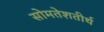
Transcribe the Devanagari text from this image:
सोमतेशतीर्थ